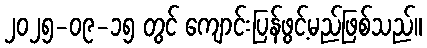
၂၀၂၅-၀၉-၁၅ တွင် ကျောင်းပြန်ဖွင့်မည်ဖြစ်သည်။